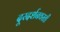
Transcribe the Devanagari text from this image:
दूरदर्शनवरती